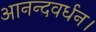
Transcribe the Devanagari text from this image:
आनन्दवर्धन।